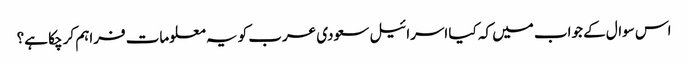
اس سوال کے جواب میں کہ کیا اسرائیل سعودی عرب کو یہ معلومات فراہم کر چکا ہے؟